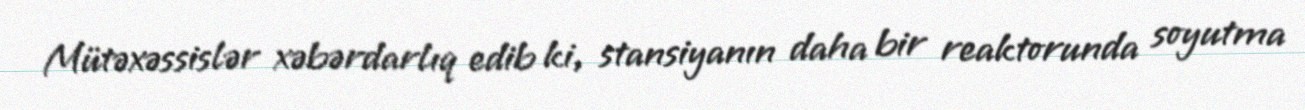
Mütəxəssislər xəbərdarlıq edib ki, stansiyanın daha bir reaktorunda soyutma